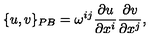
\{ u , v \} _ { P B } = \omega ^ { i j } { \frac { \partial u } { \partial x ^ { i } } } { \frac { \partial v } { \partial x ^ { j } } } ,